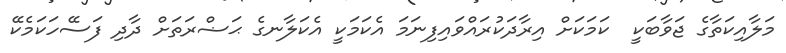
މަލާއިކަތާގެ ޖަވާބަކީ  ކަމަކަށް އިރާދަކުރައްވައިފިނަމަ އެކަމަކީ އެކަލާނގެ ޙަޟްރަތަށް ދާދި ފަސޭހަކަމެކޭ